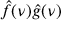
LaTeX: { \hat { f } } ( \nu ) { \hat { g } } ( \nu )